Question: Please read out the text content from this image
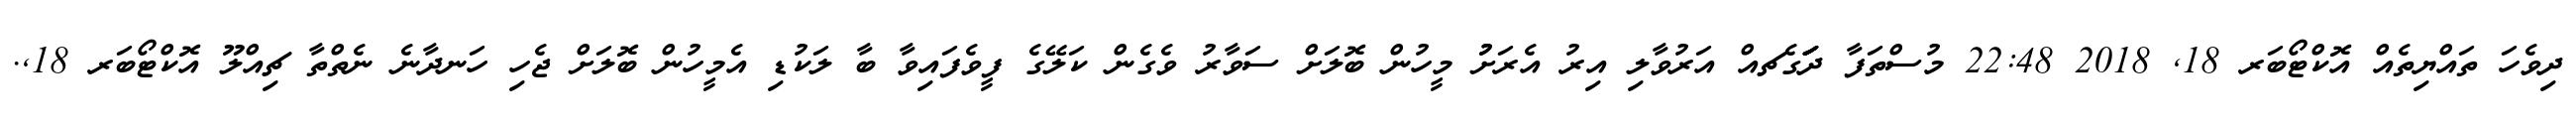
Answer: ދިވެހަ ތައްޔިތެއް އޮކްޓޯބަރ 18, 2018 22:48 މުސްތަފާ ދަަަަަަަގެޗއް އަރުވާލި އިރު އެރަށުު މީހުން ބޮލަށް ސަވާރު ވެގެން ކަލޭގެ ފީވެފައިވާ ބާ ލަކުޑި އެމީހުން ބޮލަށް ޖެހި ހަނދާނެ ނެތްތާ ޗިއްލޫ އޮކްޓޯބަރ 18,.